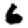
Digit: 6